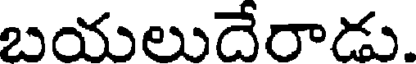
బయలుదేరాడు.